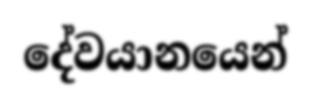
දේවයානයෙන්